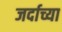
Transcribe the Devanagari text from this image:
जर्दाच्या